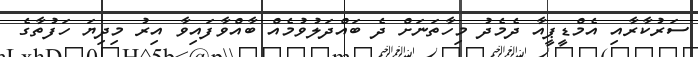
ސަރުކާރާއި އެމްޑީޕީއާ ދެމެދު މިހާތަނަށް ދެ ބައްދަލުވުމެއް ބާއްވާފައިވާ އިރު މިދިޔަ ހަފުތާގެ